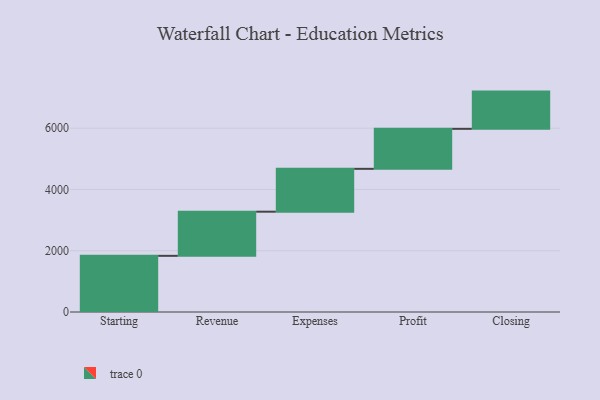
{"axis": {"x": "Step", "y": "Value"}, "legend": [""], "data": [{"x": "Starting", "y": 1834.0, "type": ""}, {"x": "Revenue", "y": 1441.0, "type": ""}, {"x": "Expenses", "y": 1399.0, "type": ""}, {"x": "Profit", "y": 1306.0, "type": ""}, {"x": "Closing", "y": 1216.0, "type": ""}]}